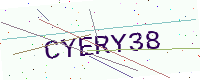
Text: CYERY38